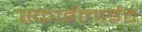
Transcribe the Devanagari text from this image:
स्काईलाईट